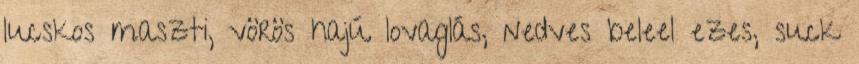
lucskos maszti, vörös hajú lovaglás, nedves beleel ezes, suck